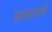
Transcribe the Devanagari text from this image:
वनातले